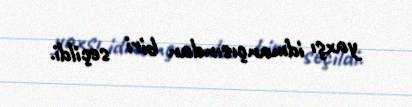
yaxşı idmançısından biri seçildi.